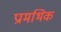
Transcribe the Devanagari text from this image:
प्रामभिक